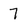
Character: 7